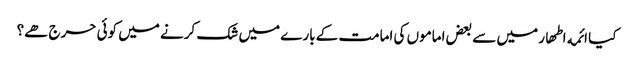
﻿ کیا ائمه اطھار میں سے بعض اماموں کی امامت کے بارے میں شک کرنے میں کوئی حرج ھے؟